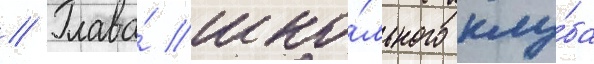
// Глава́ шко́льного клу́ба